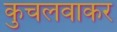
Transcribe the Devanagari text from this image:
कुचलवाकर